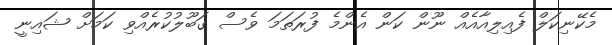
މެކޭނިކަލް ފެއިލިއާއެއް ނޫން ކަން އެންމެ ފުރަތަމަ ވެސް ގަބޫލުކުރެއްވި ކަމަށް ޝައިނީ